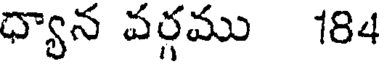
ధ్యాన వర్గము 184